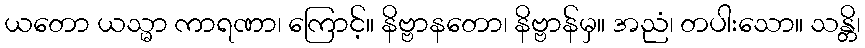
ယတော ယသ္မာ ကာရဏာ၊ ကြောင့်။ နိဗ္ဗာနတော၊ နိဗ္ဗာန်မှ။ အညံ၊ တပါးသော။ သန္တိ၊